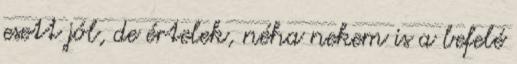
esett jól, de értelek, néha nekem is a befelé